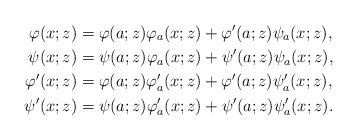
LaTeX: \begin{align*}\varphi(x;z)&=\varphi(a;z)\varphi_a(x;z)+\varphi'(a;z)\psi_a(x;z),\\\psi(x;z)&=\psi(a;z)\varphi_a(x;z)+\psi'(a;z)\psi_a(x;z),\\\varphi'(x;z)&=\varphi(a;z)\varphi_a'(x;z)+\varphi'(a;z)\psi_a'(x;z),\\\psi'(x;z)&=\psi(a;z)\varphi_a'(x;z)+\psi'(a;z)\psi_a'(x;z).\end{align*}